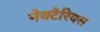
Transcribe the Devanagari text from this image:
नेक्टैरियस